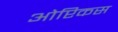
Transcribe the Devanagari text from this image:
ओप्टिकस